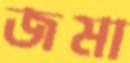
জমা